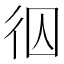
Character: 𭛢